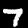
Label: 7